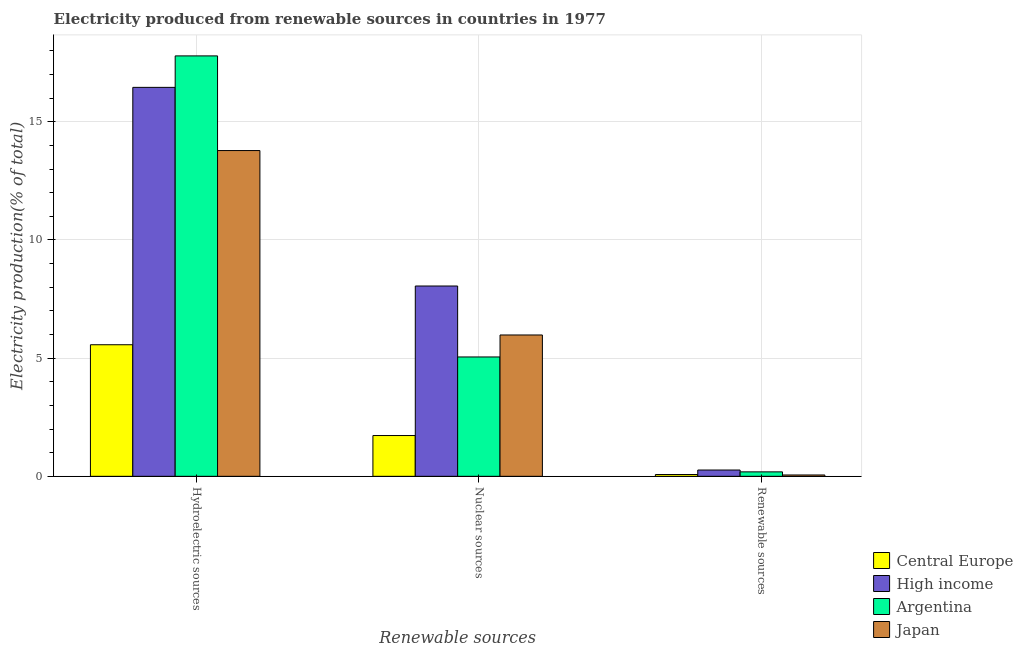
| Renewable sources | Central Europe | High income | Argentina | Japan |
 | --- | --- | --- | --- | --- |
 | Hydroelectric sources | 5.57 | 16.5 | 17.8 | 13.8 |
 | Nuclear sources | 1.73 | 8.05 | 5.05 | 5.98 |
 | Renewable sources | 0.0762 | 0.266 | 0.188 | 0.0567 |